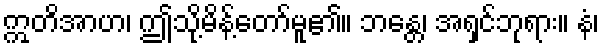
ဣတိအာဟ၊ ဤသို့မိန့်တော်မူ၏။ ဘန္တေ၊ အရှင်ဘုရား။ နံ၊